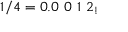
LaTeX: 1 / 4 = 0 . 0 \ 0 \ 1 \ 2 _ { ! }